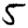
Digit: 5